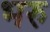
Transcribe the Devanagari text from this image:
भरु